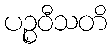
ပဉ္စဝီသတိ